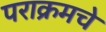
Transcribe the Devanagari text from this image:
पराक्रमचे